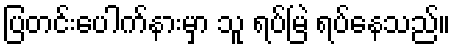
ပြတင်းပေါက်နားမှာ သူ ရပ်မြဲ ရပ်နေသည်။